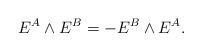
LaTeX: \begin{align*}E^A \wedge E^B = - E^B \wedge E^A.\end{align*}